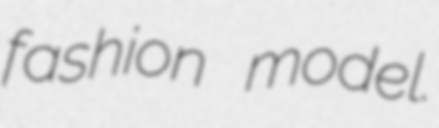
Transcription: fashion model.